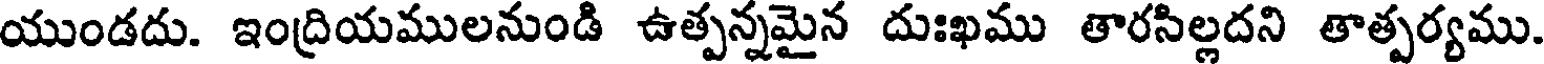
యుండదు. ఇంద్రియములనుండి ఉత్పన్నమైన దుఃఖము తారసిల్లదని తాత్పర్యము.